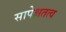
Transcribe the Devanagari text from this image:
सापेक्षतत्व